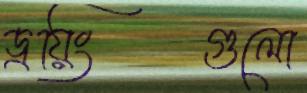
ড্রয়িংগুলো